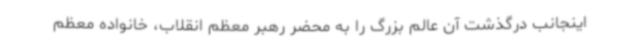
اینجانب درگذشت آن عالم بزرگ را به محضر رهبر معظم انقلاب، خانواده معظم